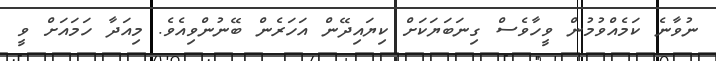
ނުވާނެ ކަމެއްވުމުން ވީހާވެސް ގިނަބަޔަކަށް ކިޔައިދޭން އަހަރެން ބޭނުންވިއެވެ. މިއަދާ ހަމައަށް ވީ